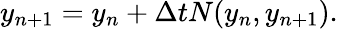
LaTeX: y_{n+1}=y_{n}+\Delta tN(y_{n},y_{n+1}).